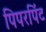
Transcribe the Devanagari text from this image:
पिपरपिंट